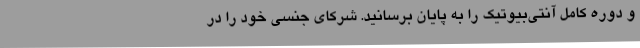
و دوره کامل آنتی‌بیوتیک را به پایان برسانید. شرکای جنسی خود را در